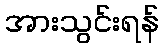
အားသွင်းရန်